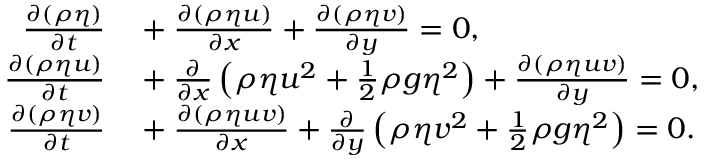
\begin{array} { r l } { { \frac { \partial ( \rho \eta ) } { \partial t } } } & { { } + { \frac { \partial ( \rho \eta u ) } { \partial x } } + { \frac { \partial ( \rho \eta v ) } { \partial y } } = 0 , } \\ { { \frac { \partial ( \rho \eta u ) } { \partial t } } } & { { } + { \frac { \partial } { \partial x } } \left( \rho \eta u ^ { 2 } + { \frac { 1 } { 2 } } \rho g \eta ^ { 2 } \right) + { \frac { \partial ( \rho \eta u v ) } { \partial y } } = 0 , } \\ { { \frac { \partial ( \rho \eta v ) } { \partial t } } } & { { } + { \frac { \partial ( \rho \eta u v ) } { \partial x } } + { \frac { \partial } { \partial y } } \left( \rho \eta v ^ { 2 } + { \frac { 1 } { 2 } } \rho g \eta ^ { 2 } \right) = 0 . } \end{array}